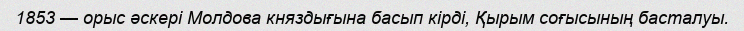
1853 — орыс әскерi Молдова княздығына басып кiрдi, Қырым соғысының басталуы.